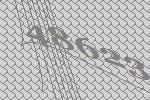
48623